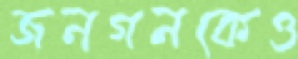
জনগনকেও